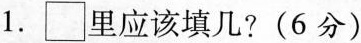
1.\Box 里应该填几？(6分)